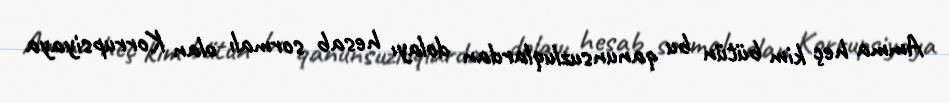
Amma heç kim bütün bu qanunsuzluqlardan dolayı hesab sormalı olan Korrupsiyaya